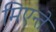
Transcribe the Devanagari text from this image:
मिएन्ते